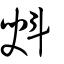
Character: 斞